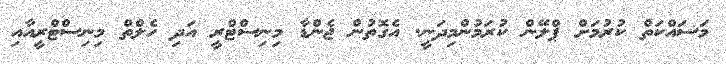
މަސައްކަތް ކުރުމަށް ޕްލޭން ކުރަމުންމިދަނީ. އެގޮތުން ޖެންޑާ މިނިސްޓްރީ އަދި ހެލްތް މިނިސްޓްރީއާއި